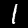
Label: 1